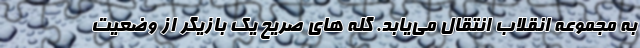
به مجموعه انقلاب انتقال می‌یابد. گله های صریح یک بازیگر از وضعیت